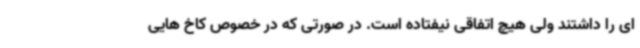
ای را داشتند ولی هیچ اتفاقی نیفتاده است. در صورتی که در خصوص کاخ هایی